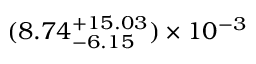
( 8 . 7 4 _ { - 6 . 1 5 } ^ { + 1 5 . 0 3 } ) \times 1 0 ^ { - 3 }